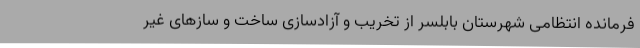
فرمانده انتظامی شهرستان بابلسر از تخریب و آزادسازی ساخت و سازهای غیر